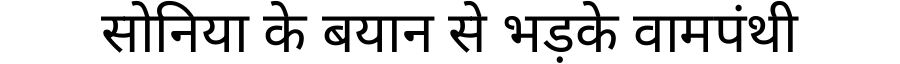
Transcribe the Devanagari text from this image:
सोनिया के बयान से भड़के वामपंथी